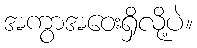
အကွာအဝေးရှိလို့ပဲ။